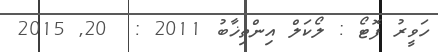
ހަވީރު ފޮޓޯ : ލޯކަލް އިންތިޚާބު 2011 :  20